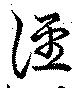
涇